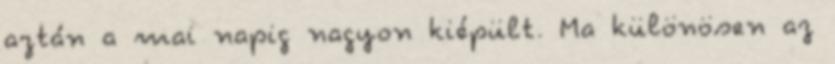
aztán a mai napig nagyon kiépült. Ma különösen az